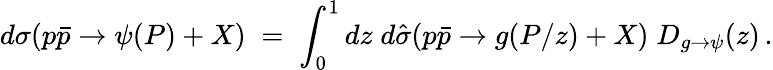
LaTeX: d\sigma(p\bar{p}\to\psi(P)+X)\; =\; \int_{0}^{1}dz\; d\hat{\sigma}(p\bar{p}\to g(P/z)+X)\; D_{g\to\psi}(z)\, .